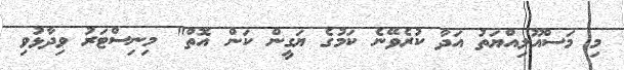
މި މަސްއޫލިއްޔަތު އަދާ ކުރެވޭނެ ކަމުގެ ޔަގީން ކަން އޮތް" މިނިސްޓަރު ވިދާޅުވި